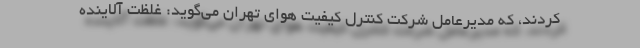
کردند، که مدیرعامل شرکت کنترل کیفیت هوای تهران می‌گوید: غلظت آلاینده